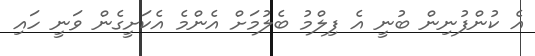
އެ ކުންފުނިން ބުނީ އެ ފިލްމު ބެލުމަށް އެންމެ އެކަށީގެން ވަނީ ހައި